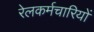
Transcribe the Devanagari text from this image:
रेलकर्मचारियों